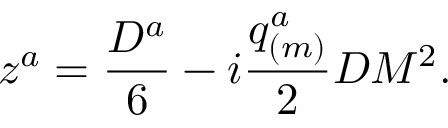
z ^ { a } = { \frac { D ^ { a } } { 6 } } - i { \frac { q _ { ( m ) } ^ { a } } { 2 } } D M ^ { 2 } .